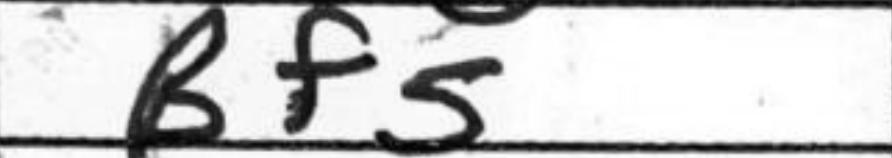
Transcription: Bf5